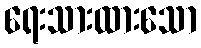
ရေးသားထားသော